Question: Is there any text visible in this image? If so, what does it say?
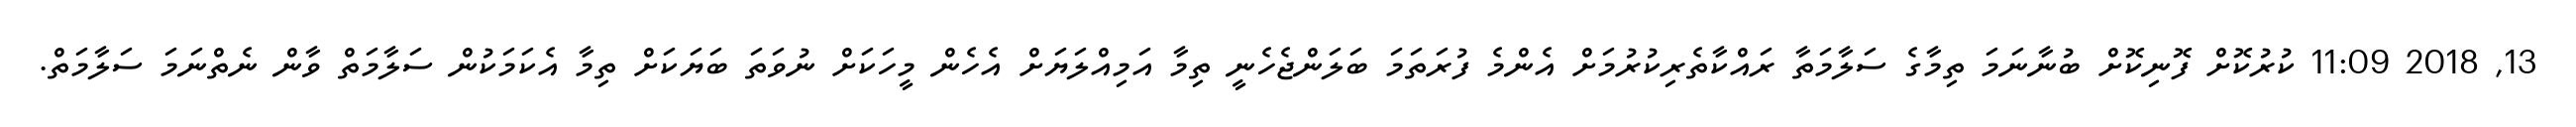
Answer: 13, 2018 11:09 ކުރުކޮށް ފޮނިކޮށް ބުނާނަމަ ތިމާގެ ސަލާމަތާ ރައްކާތެރިކުރުމަށް އެންމެ ފުރަތަމަ ބަލަންޖެހެނީ ތިމާ އަމިއްލަޔަށް އެހެން މީހަކަށް ނުވަތަ ބަޔަކަށް ތިމާ އެކަމަކުން ސަލާމަތް ވާން ނެތްނަމަ ސަލާމަތް.